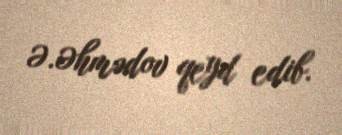
Ə.Əhmədov qeyd edib.